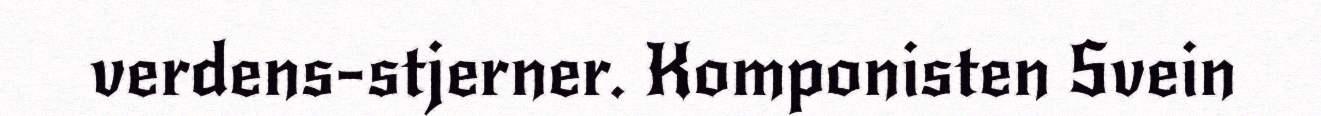
verdens-stjerner. Komponisten Svein